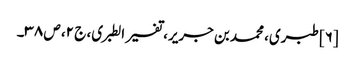
[۶] طبری، محمد بن جریر، تفسیر الطبری، ج ۲، ص ۳۸۔